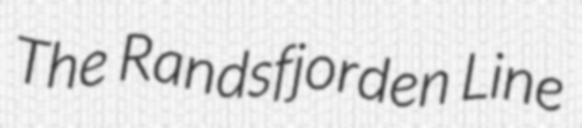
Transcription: The Randsfjorden Line